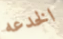
الخدعه